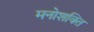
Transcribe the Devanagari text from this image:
मनोशक्ति